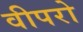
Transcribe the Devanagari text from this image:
वीपरो